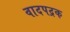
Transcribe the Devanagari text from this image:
वादपद्रक